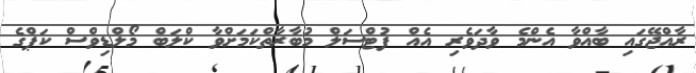
ރާއްޖޭގައި ބާއްވާ އެންމެ ވާދަވެރި އެއް ފުޓްސަލް މުބާރާތްކަމަށްވާ ކްލަބް މޯލްޑިވްސް ކަޕްގެ